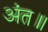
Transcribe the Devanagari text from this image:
अंत॥